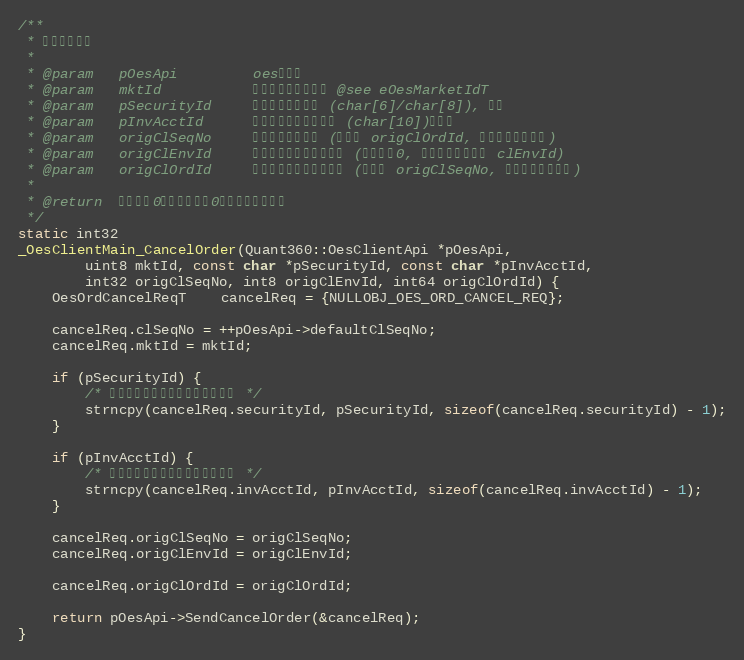
Language: C++
/**
 * 发送撤单请求
 *
 * @param   pOesApi         oes客户端
 * @param   mktId           被撤委托的市场代码 @see eOesMarketIdT
 * @param   pSecurityId     被撤委托股票代码 (char[6]/char[8]), 可空
 * @param   pInvAcctId      被撤委托股东账户代码 (char[10])，可空
 * @param   origClSeqNo     被撤委托的流水号 (若使用 origClOrdId, 则不必填充该字段)
 * @param   origClEnvId     被撤委托的客户端环境号 (小于等于0, 则使用当前会话的 clEnvId)
 * @param   origClOrdId     被撤委托的客户订单编号 (若使用 origClSeqNo, 则不必填充该字段)
 *
 * @return  大于等于0，成功；小于0，失败（错误号）
 */
static int32
_OesClientMain_CancelOrder(Quant360::OesClientApi *pOesApi,
        uint8 mktId, const char *pSecurityId, const char *pInvAcctId,
        int32 origClSeqNo, int8 origClEnvId, int64 origClOrdId) {
    OesOrdCancelReqT    cancelReq = {NULLOBJ_OES_ORD_CANCEL_REQ};

    cancelReq.clSeqNo = ++pOesApi->defaultClSeqNo;
    cancelReq.mktId = mktId;

    if (pSecurityId) {
        /* 撤单时被撤委托的股票代码可不填 */
        strncpy(cancelReq.securityId, pSecurityId, sizeof(cancelReq.securityId) - 1);
    }

    if (pInvAcctId) {
        /* 撤单时被撤委托的股东账户可不填 */
        strncpy(cancelReq.invAcctId, pInvAcctId, sizeof(cancelReq.invAcctId) - 1);
    }

    cancelReq.origClSeqNo = origClSeqNo;
    cancelReq.origClEnvId = origClEnvId;

    cancelReq.origClOrdId = origClOrdId;

    return pOesApi->SendCancelOrder(&cancelReq);
}